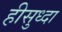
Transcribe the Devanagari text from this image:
हीसुध्दा